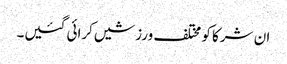
ان شرکا کو مختلف ورزشیں کرائی گئیں۔